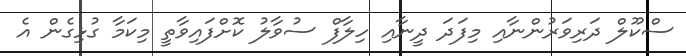
ސްކޫލް ދަރިވަރުންނާއި މިފަދަ ދީނާއި ހިލާފް ސުވާލު ކޮށްފައިވާތީ މިކަމާ ގުޅިގެން އެ